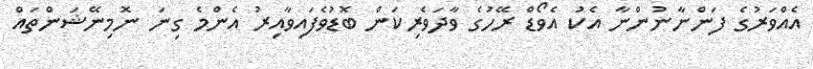
އެއްވަރުގެ ފަންނާނުންނާ އެކު އެވޯޑް ރޭހުގެ ވާދަވެރިކަން ބޮޑުވެފައިވާއިރު އެންމެ ގިނަ ނޮމިނޭޝަންތައް